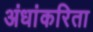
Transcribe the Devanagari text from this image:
अंधांकरिता